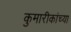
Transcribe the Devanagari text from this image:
कुमारीकांच्या